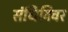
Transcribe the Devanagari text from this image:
संधिविवर